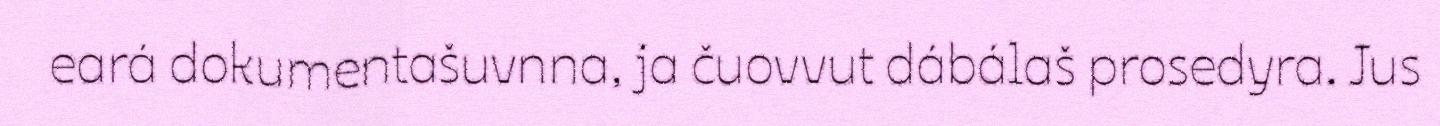
eará dokumentašuvnna, ja čuovvut dábálaš prosedyra. Jus